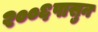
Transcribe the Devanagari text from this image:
२००६पासुन